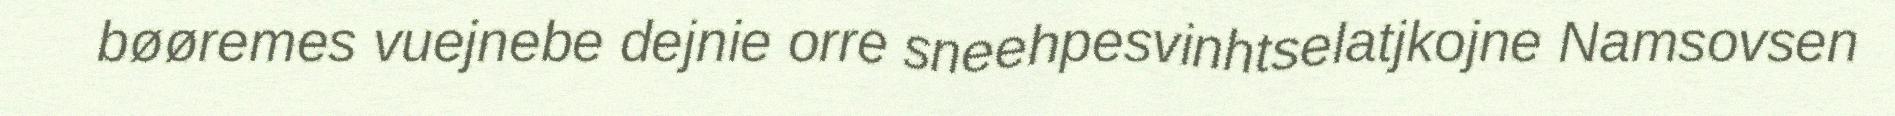
bøøremes vuejnebe dejnie orre sneehpesvinhtselatjkojne Namsovsen